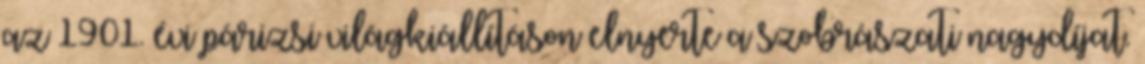
az 1901. évi párizsi világkiállításon elnyerte a szobrászati nagydíjat.